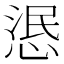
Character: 𢛣